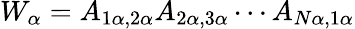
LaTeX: W_{\alpha}=A_{1\alpha,2\alpha}A_{2\alpha,3\alpha}\cdots A_{N\alpha,1\alpha}